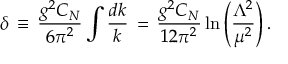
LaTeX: \delta \, \equiv \, \frac { g ^ { 2 } C _ { N } } { 6 \pi ^ { 2 } } \int \frac { d k } { k } \, = \, \frac { g ^ { 2 } C _ { N } } { 1 2 \pi ^ { 2 } } \ln \left( \frac { \Lambda ^ { 2 } } { \mu ^ { 2 } } \right) .